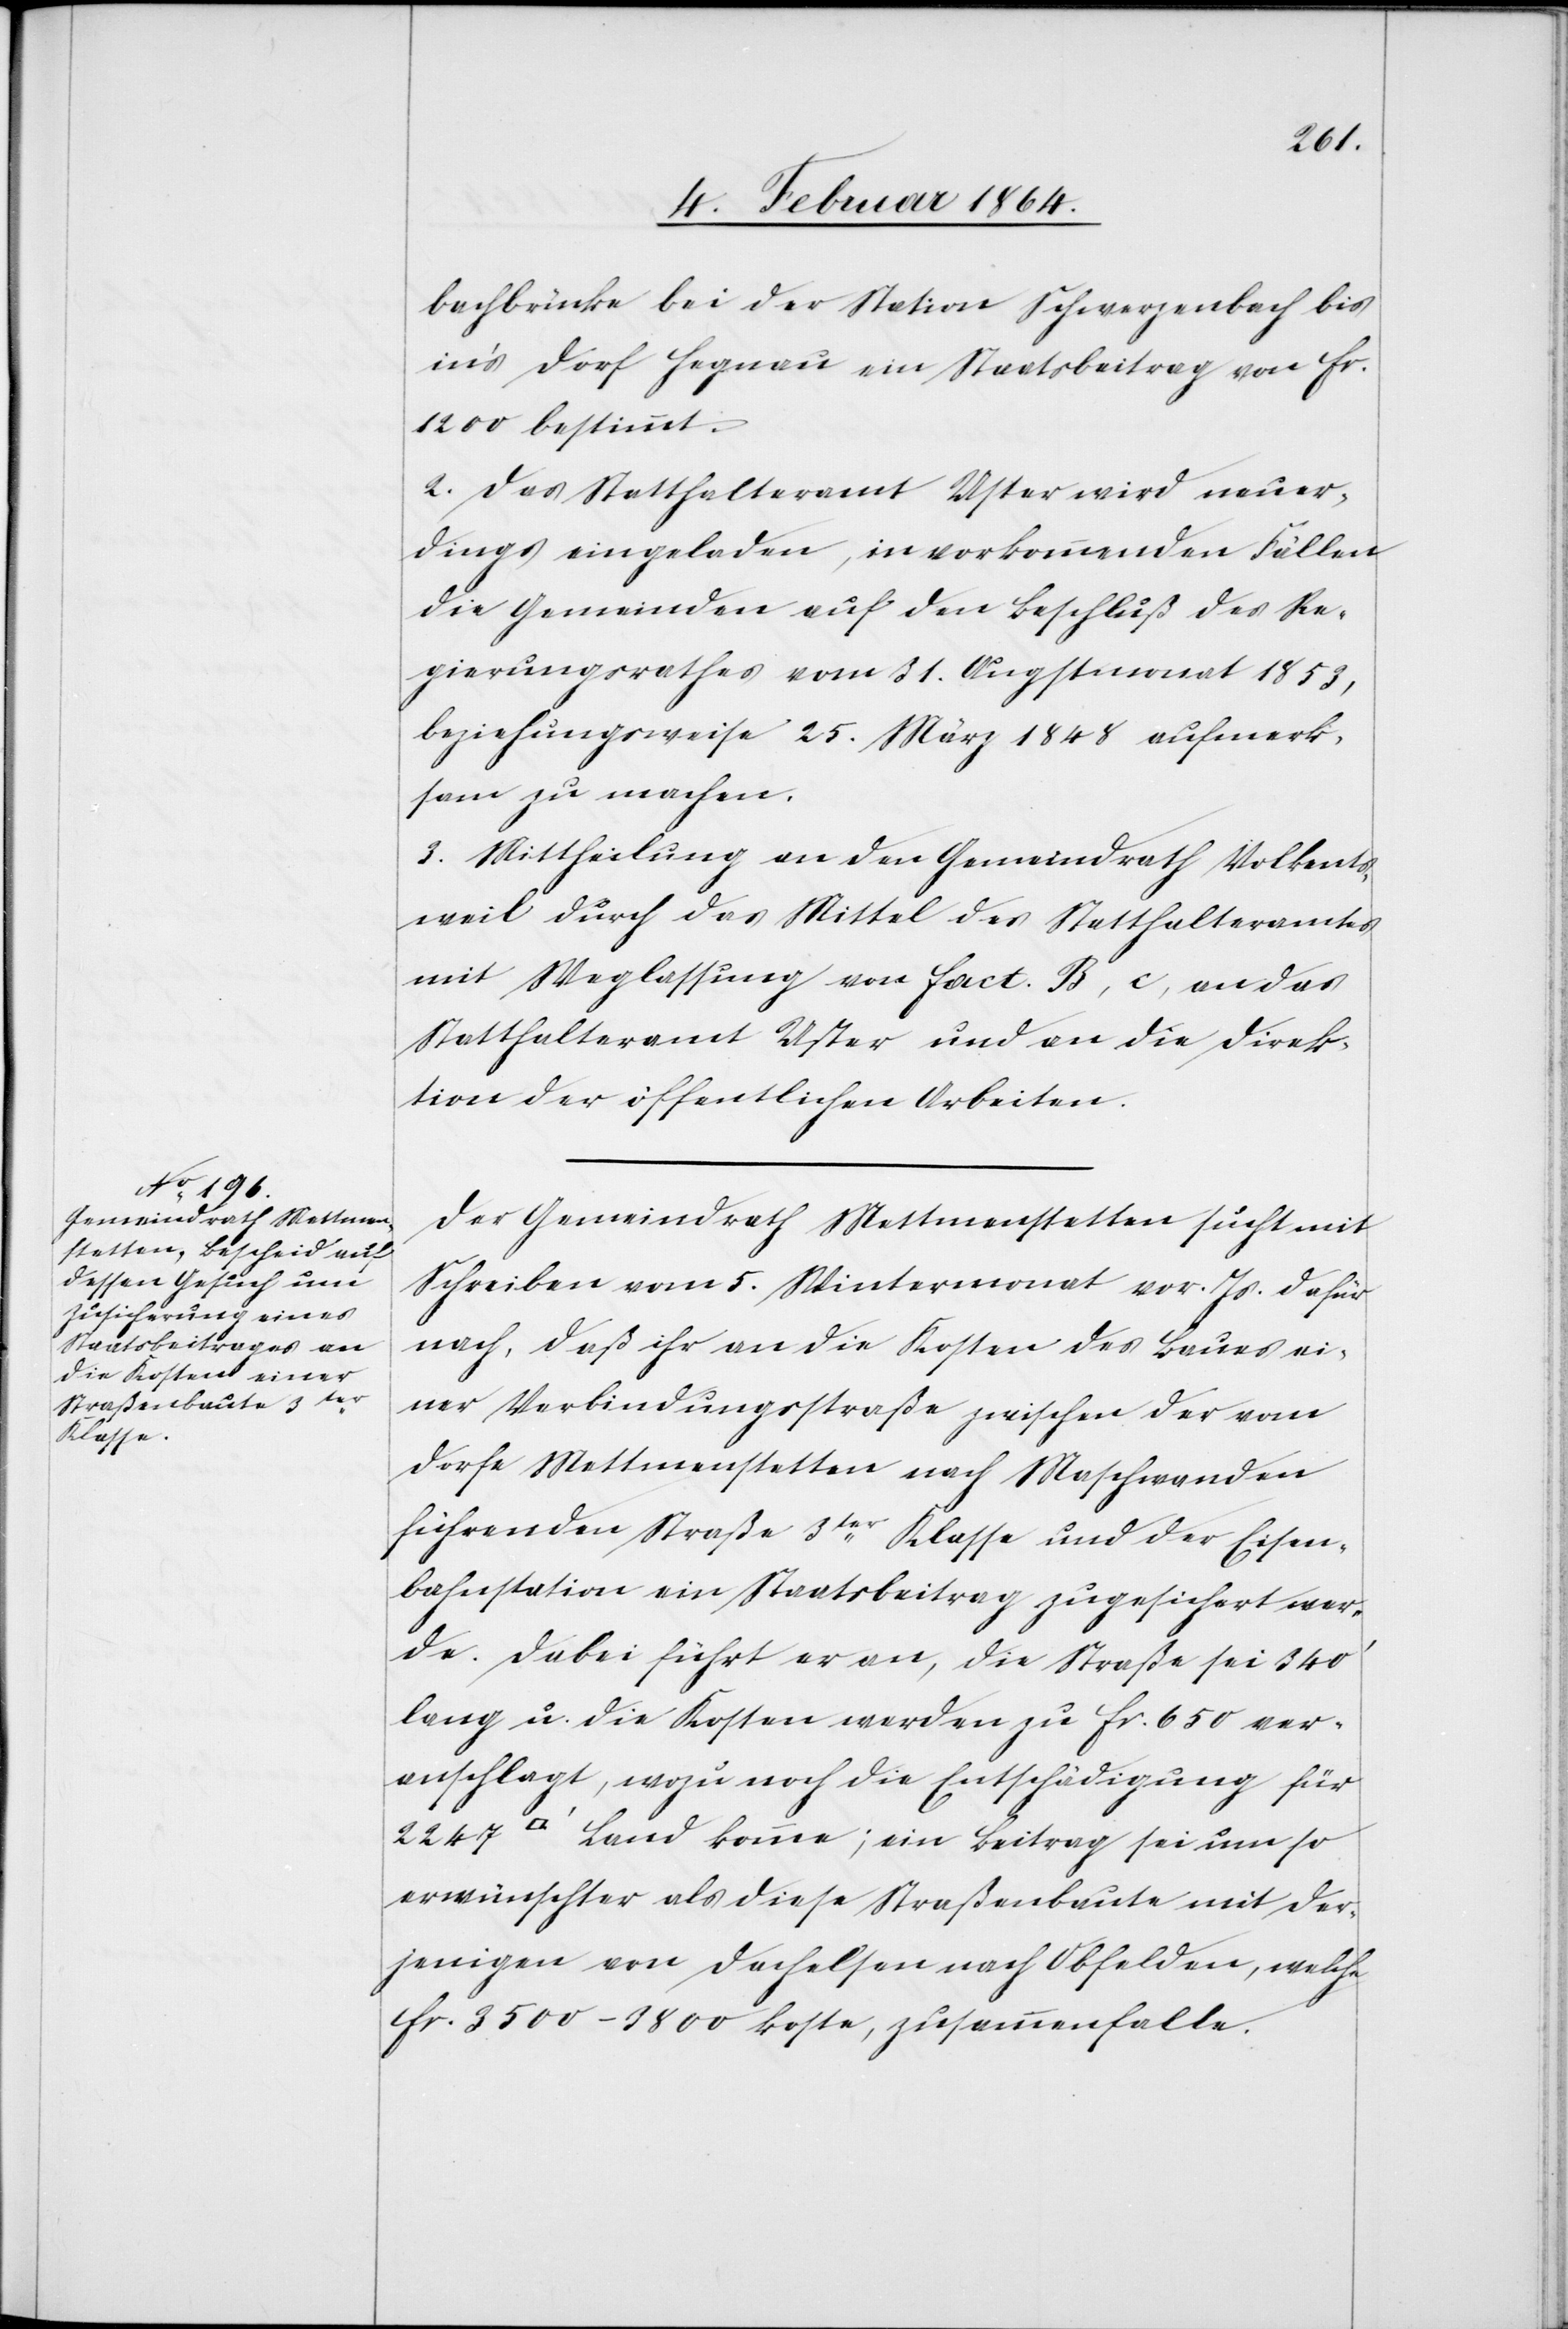
[Quad¬
bachbrücke bei der Station Schwerzenbach bis
in’s Dorf Hagnau ein Staatsbeitrag von fr.
1200 bestimmt.
2. Das Statthalteramt Uster wird neuer¬
dings eingeladen, in vorkommenden Fällen
die Gemeinden auf den Beschluß des Re¬
gierungsrathes vom 31. Augustmonat 1853,
beziehungsweise 25. März 1848 aufmerk¬
sam zu machen.
3. Mittheilung an den Gemeindrath Volkents¬
weil durch das Mittel des Statthalteramtes
mit Weglassung von fact. B, c, an das
Statthalteramt Uster und an die Direk¬
tion der öffentlichen Arbeiten.
Der Gemeindrath Mettmenstetten sucht mit
Schreiben vom 5. Wintermonat vor. Js. dafür
nach, daß ihr [sic!] an die Kosten des Baues ei¬
ner Verbindungsstraße zwischen der vom
Dorfe Mettmenstetten nach Maschwanden
führenden Straße 3ter Klasse und der Eisen¬
bahnstation ein Staatsbeitrag zugesichert wer¬
de. Dabei führt er an, die Straße sei 340’
lang u. die Kosten werden zu fr. 650 ver¬
anschlagt, wozu noch die Entschädigung für
ratfuss] Land komme; ein Beitrag sei um so
erwünschter als diese Straßenbaute mit der¬
jenigen von Dachelsen nach Obfelden, welche
fr. 3500-3800 koste, zusammenfalle.